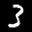
Label: 3